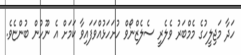
ހަދާ މަޖިލީހުގެ މެމްބަރު ވެލެރީ ސެލެޒްނޯވް ހުށަހަޅުއްވަފައިވާ ކަމަށް އެ ނޫހުން ބުންޏެވެ.